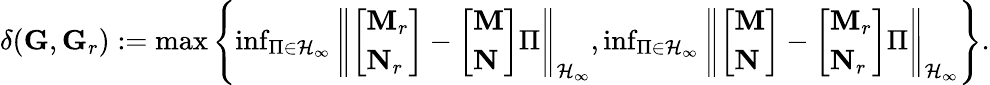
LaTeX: \begin{array}{r}{\delta(\mathbf G,\mathbf G_{r}):=\operatorname*{max}\left\{ \operatorname*{inf}_{\Pi\in\mathcal H_{\infty}}\left\| \left[\begin{array}{l}{\mathbf M_{r}}\\ {\mathbf N_{r}}\end{array}\right]-\left[\begin{array}{l}{\mathbf M}\\ {\mathbf N}\end{array}\right]\Pi\right\| _{\mathcal H_{\infty}},\operatorname*{inf}_{\Pi\in\mathcal H_{\infty}}\left\| \left[\begin{array}{l}{\mathbf M}\\ {\mathbf N}\end{array}\right]-\left[\begin{array}{l}{\mathbf M_{r}}\\ {\mathbf N_{r}}\end{array}\right]\Pi\right\| _{\mathcal H_{\infty}}\right\} .}\end{array}